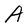
Character: A